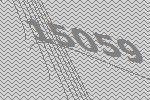
15059